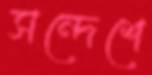
সন্দেশে